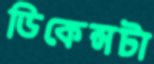
ডিকেন্সটা